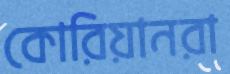
কোরিয়ানরা